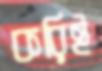
করিই